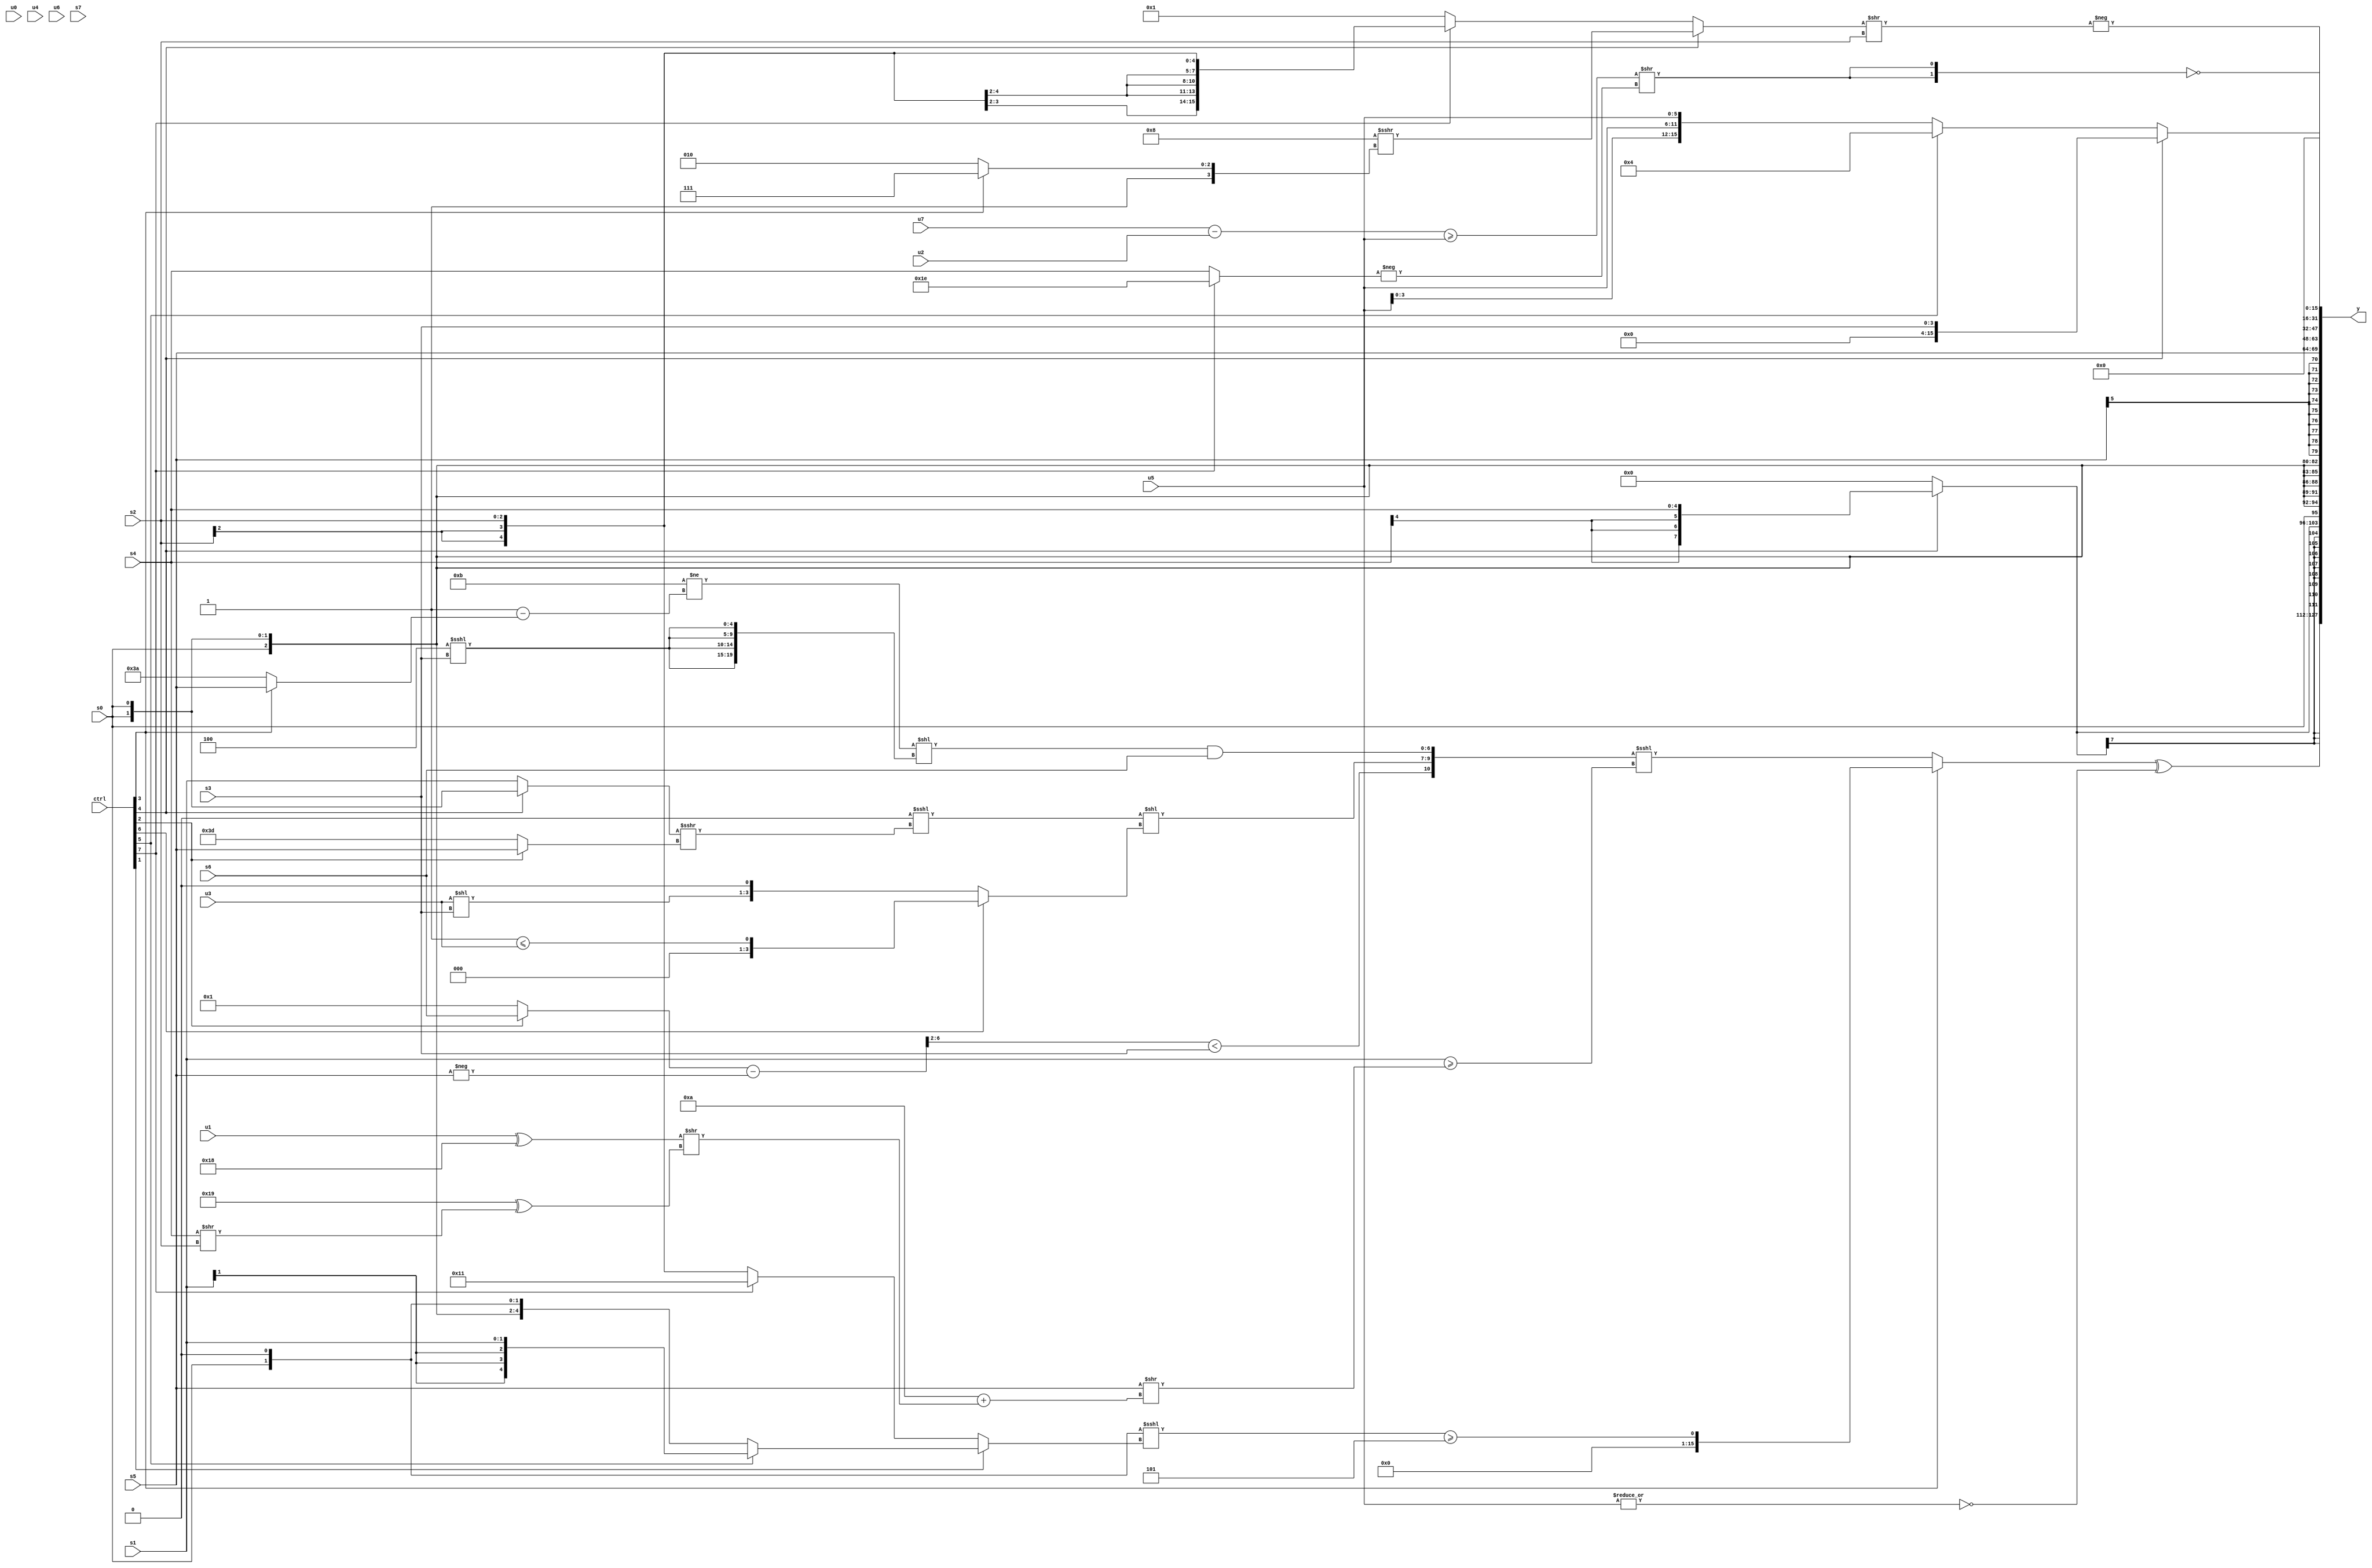
module wideexpr_00449(ctrl, u0, u1, u2, u3, u4, u5, u6, u7, s0, s1, s2, s3, s4, s5, s6, s7, y);
  input [7:0] ctrl;
  input [0:0] u0;
  input [1:0] u1;
  input [2:0] u2;
  input [3:0] u3;
  input [4:0] u4;
  input [5:0] u5;
  input [6:0] u6;
  input [7:0] u7;
  input signed [0:0] s0;
  input signed [1:0] s1;
  input signed [2:0] s2;
  input signed [3:0] s3;
  input signed [4:0] s4;
  input signed [5:0] s5;
  input signed [6:0] s6;
  input signed [7:0] s7;
  output [127:0] y;
  wire [15:0] y0;
  wire [15:0] y1;
  wire [15:0] y2;
  wire [15:0] y3;
  wire [15:0] y4;
  wire [15:0] y5;
  wire [15:0] y6;
  wire [15:0] y7;
  assign y = {y0,y1,y2,y3,y4,y5,y6,y7};
  assign y0 = ((ctrl[3]?$signed((($signed({{s0},$signed(1'sb0)}))<<<((ctrl[1]?(ctrl[5]?$signed(s1):(ctrl[1]?(s0)<<<(4'b0001):(5'sb01010)>>>(3'b100))):(ctrl[7]?5'sb10001:s2))))>=(3'sb101)):({$signed(1'sb0),((((ctrl[2]?$signed(s6):+(2'b01)))-(-(s5)))>>((^($signed(6'b000100)))^(4'b0011)))<(+(s3)),$signed((($signed((3'sb100)<<<(3'sb110)))<<<(((ctrl[4]?s0:s1))>>>((ctrl[2]?s5:5'sb11101))))<<((ctrl[6]?((1'b1)&(3'sb011))<=(u3):((u3)<<(s3))<<<((ctrl[2]?2'sb01:3'sb001))))),(((5'sb01011)!=((1'sb1)-((ctrl[3]?s5:5'sb11010))))<<(+({4{(5'sb11100)<<<(s3)}})))&(s6)})<<<((s1)>=((s5)>>(($signed($signed(-(5'sb00110))))+(($signed((u1)^(5'b11000)))>>((6'sb011001)^((s4)>>(s2)))))))))^(~|(u5));
  assign y1 = $signed((ctrl[4]?s4:($signed(s7))<<(5'sb11110)));
  assign y2 = s0;
  assign y3 = s5;
  assign y4 = +((ctrl[4]?s3:(ctrl[5]?3'sb100:{3{$signed(u5)}})));
  assign y5 = ((ctrl[6]?(($signed((s3)>>>(3'sb110)))&($signed({4{s7}})))<(2'sb01):((ctrl[5]?$signed(s5):(ctrl[0]?$signed(s1):s1)))>(s2)))>>>(6'sb000111);
  assign y6 = -(((ctrl[4]?((2'sb01)<<(4'sb0011))>>>((ctrl[3]?1'sb1:4'sb1010)):(ctrl[7]?s2:(ctrl[4]?2'sb10:2'sb01))))>>(s2));
  assign y7 = ~({2{(($signed((u7)-(u2)))>=(u5))>>(-((ctrl[7]?2'sb10:s4)))}});
endmodule